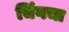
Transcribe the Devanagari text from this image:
चिंगचा